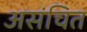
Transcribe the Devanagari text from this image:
असंचित